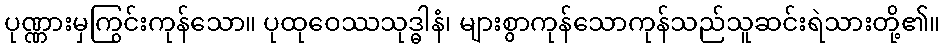
ပုဏ္ဏားမှကြွင်းကုန်သော။ ပုထုဝေဿသုဒ္ဓါနံ၊ များစွာကုန်သောကုန်သည်သူဆင်းရဲသားတို့၏။